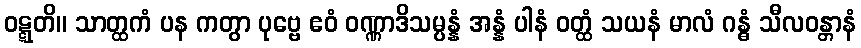
ဝဋ္ဋတိ။ သာတ္ထကံ ပန ကတွာ ပုဗ္ဗေ ဧဝံ ဝဏ္ဏာဒိသမ္ပန္နံ အန္နံ ပါနံ ဝတ္ထံ သယနံ မာလံ ဂန္ဓံ သီလဝန္တာနံ